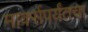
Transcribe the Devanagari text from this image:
मार्क्सपर्यंतचा